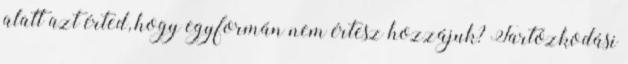
alatt azt érted, hogy egyformán nem értesz hozzájuk? Tartózkodási